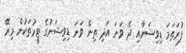
ފުރަތަމަ ޑިވިޝަނާއި ދެ ވަނަ އަދި ތިން ވަނަ ޑިވިޝަނުގެ ޓީމުތަކުން މިރޭ